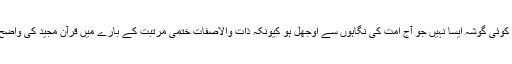
آپؐ کی زندگی کا کوئی گوشہ ایسا نہیں جو آج امت کی نگاہوں سے اوجھل ہو کیونکہ ذات والاصفات ختمی مرتبتؐ کے بارے میں قرآن مجید کی واضح دلیل موجود ہے۔